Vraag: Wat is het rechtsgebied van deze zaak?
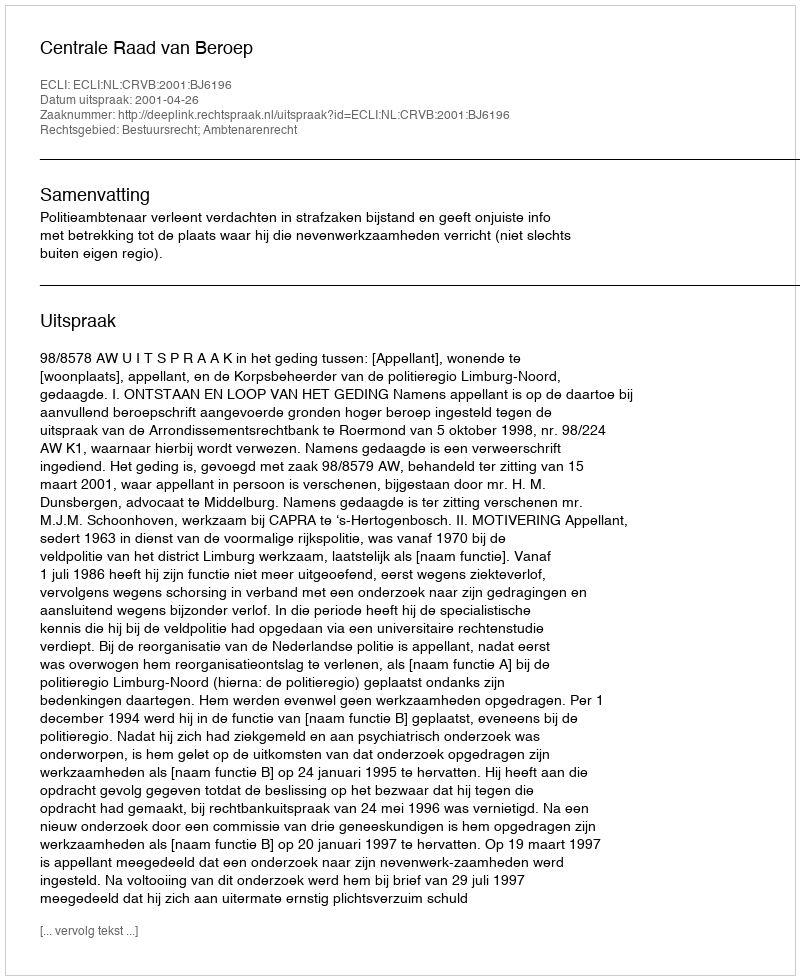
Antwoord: Bestuursrecht; Ambtenarenrecht